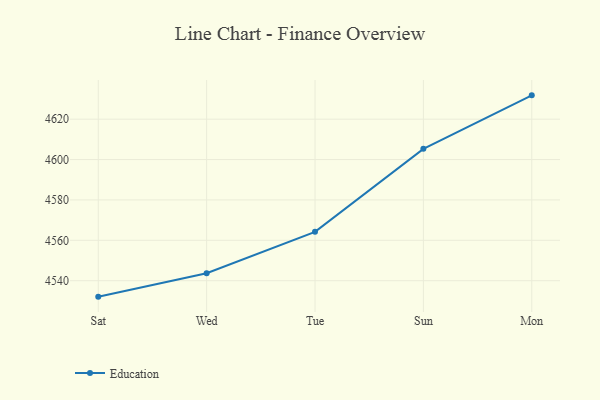
{"axis": {"x": "Day", "y": "Latency (ms)"}, "legend": ["Education"], "data": [{"x": "Sat", "y": 4532.1, "type": "Education"}, {"x": "Wed", "y": 4543.7, "type": "Education"}, {"x": "Tue", "y": 4564.2, "type": "Education"}, {"x": "Sun", "y": 4605.3, "type": "Education"}, {"x": "Mon", "y": 4631.8, "type": "Education"}]}